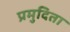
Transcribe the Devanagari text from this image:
प्रमुदिता